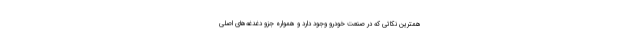
همترین نکاتی که در صنعت خودرو وجود دارد و همواره جزو دغدغه‌های اصلی